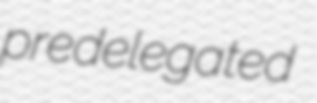
predelegated